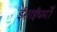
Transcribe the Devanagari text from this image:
ईसाईधर्मों